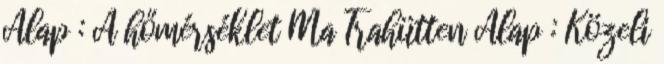
Alap : A hőmérséklet Ma Trahütten Alap : Közeli